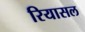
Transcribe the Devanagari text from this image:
रियासल